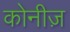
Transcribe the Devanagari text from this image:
कोनीज़